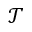
{ \mathcal T }